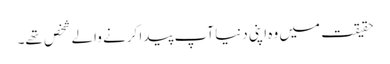
حقیقت میں وہ اپنی دنیا آپ پیدا کرنے والے شخص تھے۔